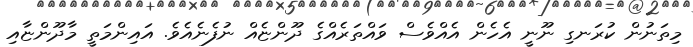
މިތަނުން ކުރަނގި ނޫނީ އެހެން އެއްވެސް ވައްތަރެއްގެ ދޫންޏެއް ނުފެނެއެވެ. އައިންމަތީ މާދޫންޏާއި